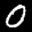
Label: 0